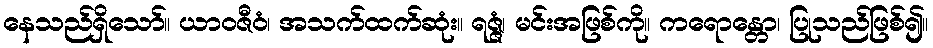
နေသည်ရှိသော်။ ယာဝဇီဝံ၊ အသက်ထက်ဆုံး။ ရဇ္ဇံ၊ မင်းအဖြစ်ကို။ ကရောန္တော၊ ပြုသည်ဖြစ်၍။